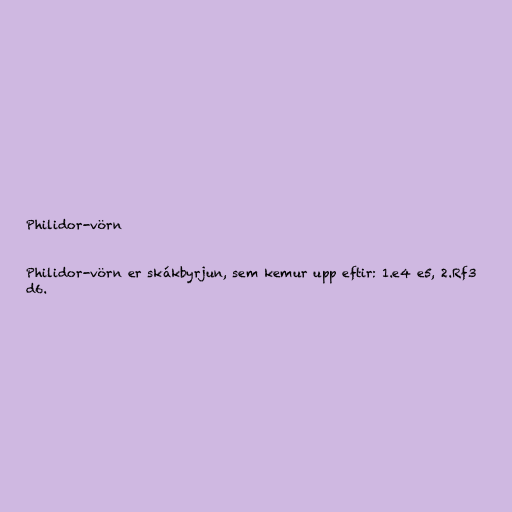
Philidor-vörn

Philidor-vörn er skákbyrjun, sem kemur upp eftir: 1.e4 e5, 2.Rf3
d6.